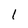
Character: 1